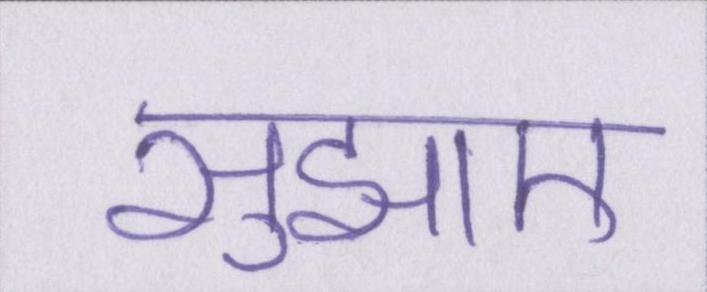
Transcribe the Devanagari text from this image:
सुझाए